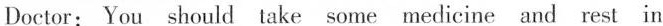
Doctor: You should take some medicine and rest in